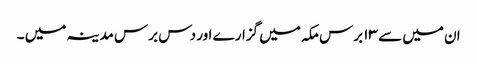
ان میں سے ۱۳ برس مکہ میں گزارے اور دس برس مدینہ میں ۔